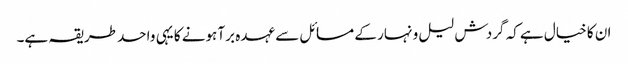
ان کا خیال ہے کہ گردش لیل و نہار کے مسائل سے عہدہ برآ ہونے کا یہی واحد طریقہ ہے۔